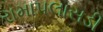
રામાપલાસડી